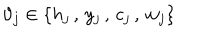
LaTeX: \vartheta _ { j } \in \{ h _ { j } \, , \, y _ { j } \, , \, c _ { j } \, , \, w _ { j } \}